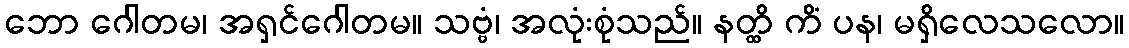
ဘော ဂေါတမ၊ အရှင်ဂေါတမ။ သဗ္ဗံ၊ အလုံးစုံသည်။ နတ္ထိ ကိံ ပန၊ မရှိလေသလော။